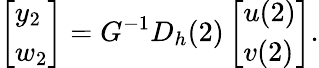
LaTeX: \left[\begin{array}{l}{y_{2}}\\ {w_{2}}\end{array}\right]=G^{-1}D_{h}(2)\left[\begin{array}{l}{u(2)}\\ {v(2)}\end{array}\right].